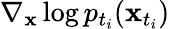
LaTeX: \nabla_{\mathbf{x}}\log p_{t_{i}}(\mathbf{x}_{t_{i}})